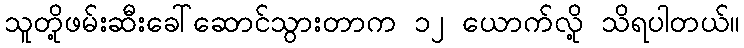
သူတို့ဖမ်းဆီးခေါ်ဆောင်သွားတာက ၁၂ ယောက်လို့ သိရပါတယ်။